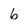
Character: 6